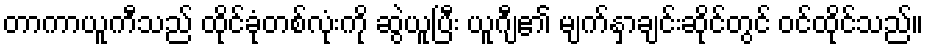
တာကာယူကီသည် ထိုင်ခုံတစ်လုံးကို ဆွဲယူပြီး ယူဂျီ၏ မျက်နှာချင်းဆိုင်တွင် ဝင်ထိုင်သည်။